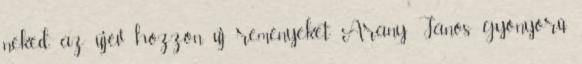
neked, az újév hozzon új reményeket Arany János gyönyörű